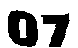
07